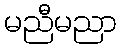
မညီမညာ